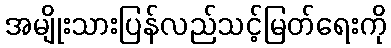
အမျိုးသားပြန်လည်သင့်မြတ်ရေးကို